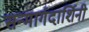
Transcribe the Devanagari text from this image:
सन्मार्गदार्शिनी